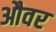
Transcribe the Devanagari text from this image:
औवर